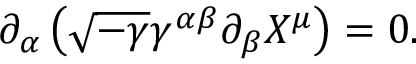
\partial _ { \alpha } \left( \sqrt { - \gamma } \gamma ^ { \alpha \beta } \partial _ { \beta } X ^ { \mu } \right) = 0 .